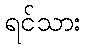
ရင်သား